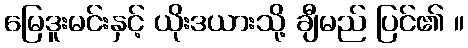
မြေဒူးမင်းနှင့် ယိုးဒယားသို့ ချီမည် ပြင်၏ ။